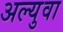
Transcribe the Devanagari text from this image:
अल्युवा